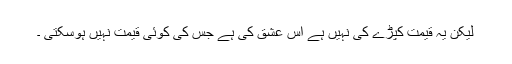
لیکن یہ قیمت کپڑے کی نہیں ہے اس عشق کی ہے جس کی کوئی قیمت نہیں ہوسکتی ۔